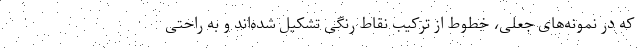
که در نمونه‌های جعلی، خطوط از ترکیب نقاط رنگی تشکیل شده‌اند و به راحتی